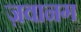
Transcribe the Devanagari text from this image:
ज़वानग